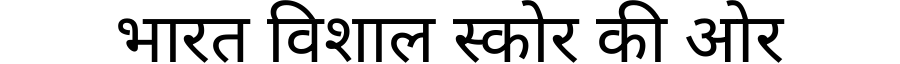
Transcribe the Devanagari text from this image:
भारत विशाल स्कोर की ओर